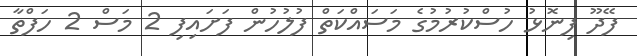
ފޭދޫ ފިނޮޅު ހުސްކުރުމުގެ މަސައްކަތް ފުލުހުން ފަށައިފި 2 މަސް 2 ހަފްތާ